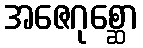
အဇေဂုစ္ဆော